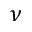
\nu